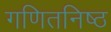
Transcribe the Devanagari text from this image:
गणितनिष्ठ